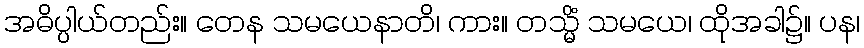
အဓိပ္ပါယ်တည်း။ တေန သမယေနာတိ၊ ကား။ တသ္မိံ သမယေ၊ ထိုအခါ၌။ ပန၊